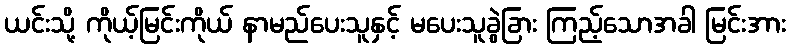
ယင်းသို့ ကိုယ့်မြင်းကိုယ် နာမည်ပေးသူနှင့် မပေးသူခွဲခြား ကြည့်သောအခါ မြင်းအား